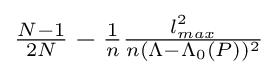
\textstyle {\frac {N-1}{2N}}-{\frac {1}{n}}{\frac {l_{max}^{2}}{n(\Lambda -\Lambda _{0}(P))^{2}}}